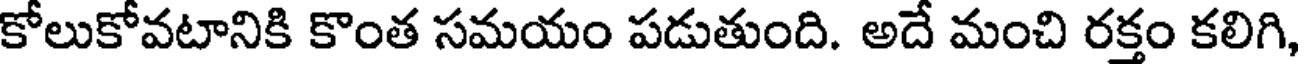
కోలుకోవటానికి కొంత సమయం పడుతుంది. అదే మంచి రక్తం కలిగి,